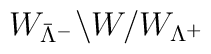
W_{{\bar\Lambda}^-} \backslash W / W_{\Lambda^+}